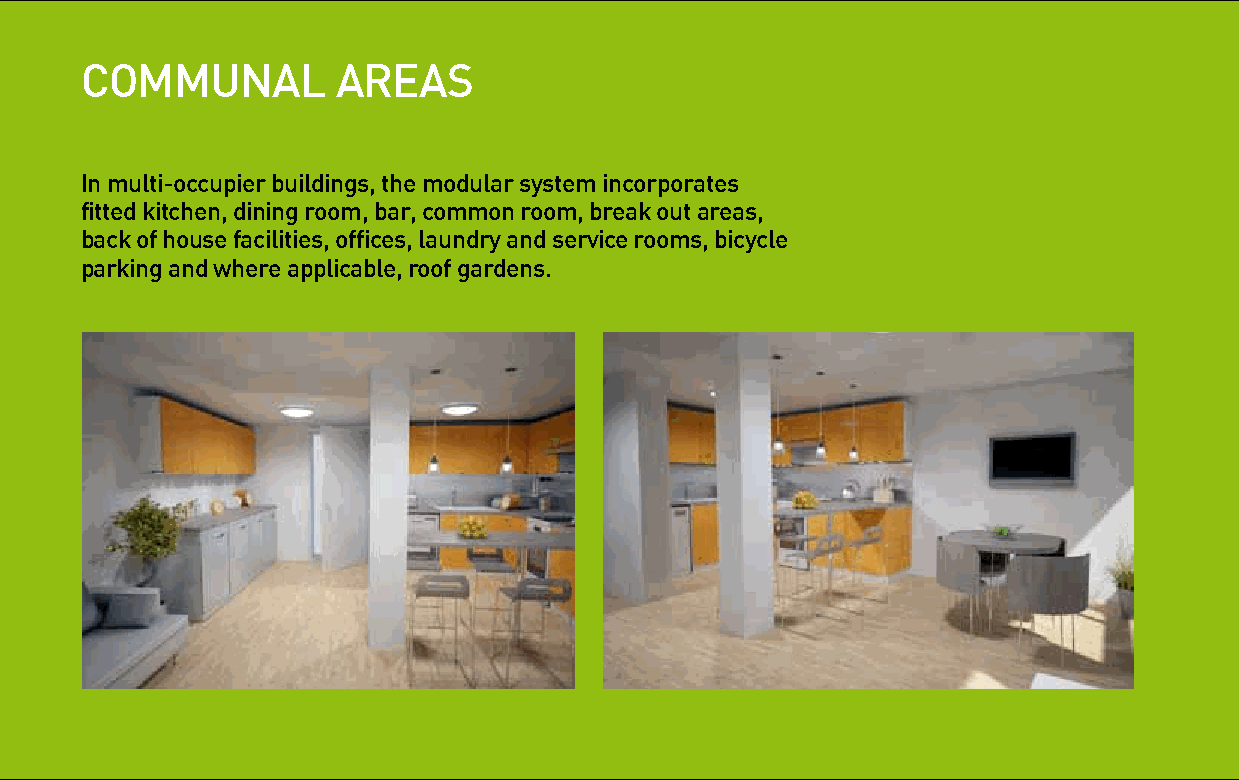
coMMunal         areas                                                             specifications
 key features
 in multi-occupier buildings, the modular system incorporates                       My space pod™ are certified by the british • Heating & Cooling Ventilation Duct (for My Space Pod Limited reserves the right
 board of agrément. the pods are designed connection to centralised air conditioning & to make any alterations or changes to the
 fitted kitchen, dining room, bar, common room, break out areas,
 and engineered to meet british standard heat recovery unit) specifications that are deemed necessary to
 back of house facilities, offices, laundry and service rooms, bicycle              building regulation codes and guides part e • High specification vinyl floor covering comply with our technical requirements or
 (acoustic), l (conservation for fuel and power), site constraints. Please refer to My Space
 parking and where applicable, roof gardens.
 M (access to & use of buildings), n (glazing) & Pod for full specifications for each type of
 p (electrical safety) all complying to fedra, bathrooM accommodation.
 and breeaM* environmental assessment • Electric heated towel rail
 methods, and epc energy efficiency • Shower cubicle with shower curtain
 performance. as a result of using the most • Thermostatic shower mixer
 advanced insulation and building materials, • Aerated shower and wash hand basin mixer
 My space pod achieve the following technical tap max flow rate 9ls@1.5 bar
 specifications as standard • Dual flush low consumption water cistern
 • W.C. pan
 specifications       • Wash hand basin,
 • Thermal insulation, Walls, floor and roof • Ceiling light
 insulated to 0.25 u-value • Shaver light
 • Fire safety- All walls, ceiling at least 60’ fire • Mirrored cabinet including shelves
 resistant            • Ceramic tiled floor & full height ceramic tiled
 • Entrance door solid core wood veneer 60 wall covering
 minute Fire Resistant (lock/latch with lever • Extractor fan
 handles)             • DDA Compliant bathroom pods full
 • Acoustic - internal noise reduction, >47dB specifications on application.
 • Low-E double glazed uPVC windows 37dB    * British Research Establishment
 (with push-button security locks)           Environmental Assessment Method
 • Low energy lighting throughout & LED safety
 reading lights in bedrooms • Smoke alarm
 • Selection wall mounted sockets, wall light,
 ceiling light TV sockets ancillary pods
 • Low consumption water fittings Specifications to be advised